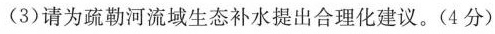
(3)请为疏勒河流域生态补水提出合理化建议。(4分)